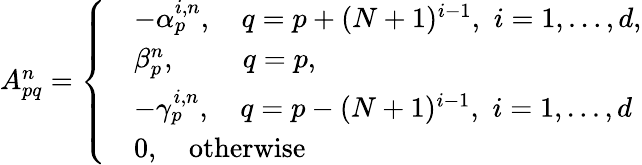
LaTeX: \begin{array}{r}{A_{pq}^{n}=\left\{ \begin{array}{ll}&{-\alpha_{p}^{i,n},\quad q=p+(N+1)^{i-1},\, \, i=1,\dots,d,}\\ &{\beta_{p}^{n},\quad\quad\, \, q=p,}\\ &{-\gamma_{p}^{i,n},\quad q=p-(N+1)^{i-1},\, \, i=1,\dots,d}\\ &{0,\quad\mathrm{otherwise}}\end{array}\right.}\end{array}